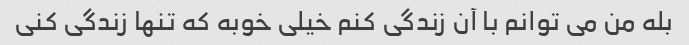
بله من می توانم با آن زندگی کنم خیلی خوبه که تنها زندگی کنی